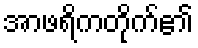
အာဖရိကတိုက်၏